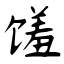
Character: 馐